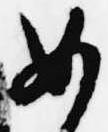
女